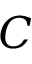
C